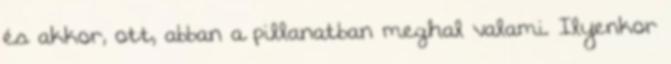
és akkor, ott, abban a pillanatban meghal valami. Ilyenkor